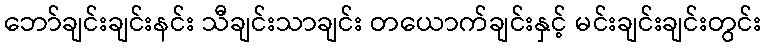
ဘော်ချင်းချင်းနင်း သီချင်းသာချင်း တယောက်ချင်းနှင့် မင်းချင်းချင်းတွင်း